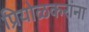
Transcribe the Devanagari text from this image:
प्रियोळकरांना